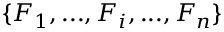
\{ F _ { 1 } , . . . , F _ { i } , . . . , F _ { n } \}